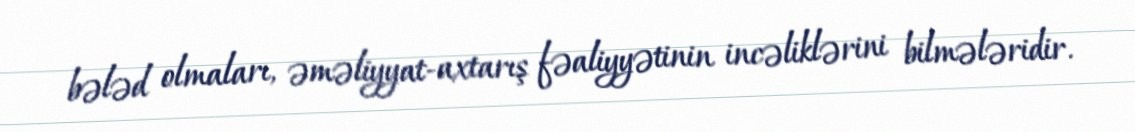
bələd olmaları, əməliyyat-axtarış fəaliyyətinin incəliklərini bilmələridir.